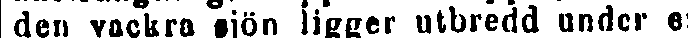
den vackra sjön ligger utbredd under e